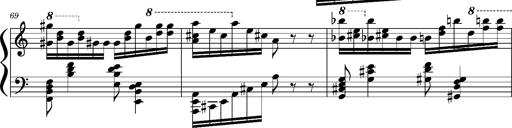
Title: Concerto sans orchestre, S.524a
Composer: Franz Liszt
Key: A major